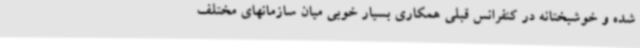
شده و خوشبختانه در کنفرانس قبلی همکاری بسیار خوبی میان سازمانهای مختلف